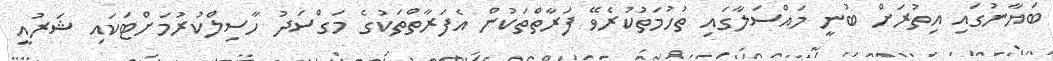
ބަޔާނުގައި އިތުރަށް ބުނީ މައްސަލާގައި ތުހުމަތުކުރެވޭ ފަރާތްތަކުން އެފަރާތްތަކުގެ މަގްސަދު ހާސިލްކުރުމަށްޓަކައި ޝަރުއީ